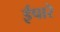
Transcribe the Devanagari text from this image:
ईपारे